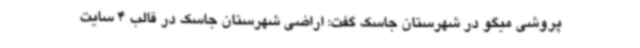
پروشی میگو در شهرستان جاسک گفت: اراضی شهرستان جاسک در قالب 4 سایت